Report on vaccination in Madras 1922-1929 - 1922-1929
Year: 1922
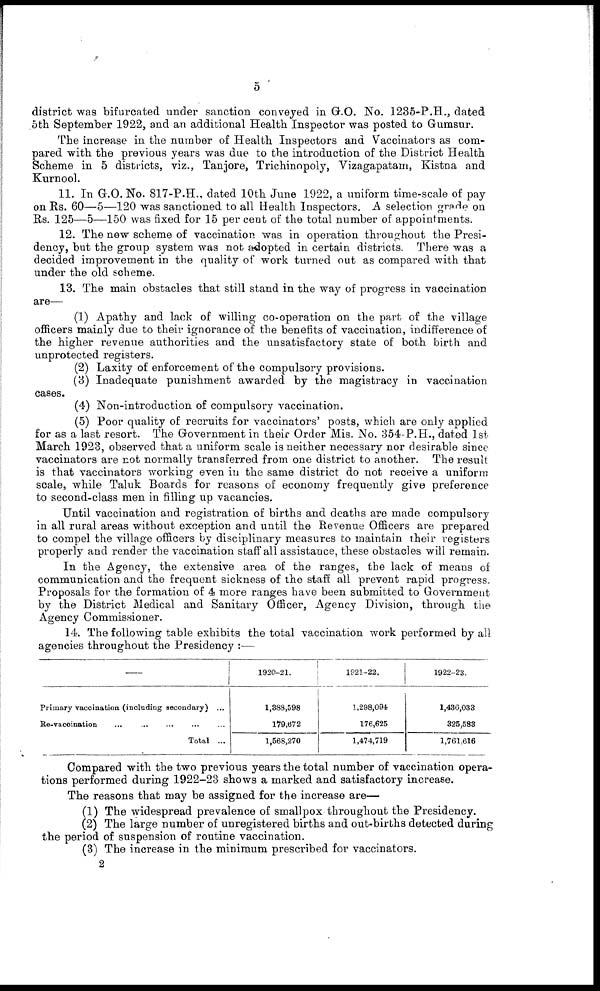
5
district was bifurcated under sanction conveyed in G.O. No. 1235-P.H., dated
5th September 1922, and an additional Health Inspector was posted to Gumsur.
The increase in the number of Health Inspectors and Vaccinators as com-
pared with the previous years was due to the introduction of the District Health
Scheme in 5 districts, viz., Tanjore, Trichinopoly, Vizagapatam, Kistna and
Kurnool.
11. In G.O. No. 817-P.H., dated 10th June 1922, a uniform time-scale of pay
on Rs. 60—5—120 was sanctioned to all Health Inspectors. A selection grade on
Rs. 125—5—150 was fixed for 15 per cent of the total number of appointments.
12. The new scheme of vaccination was in operation throughout the Presi-
dency, but the group system was not adopted in certain districts. There was a
decided improvement in the quality of work turned out as compared with that
under the old scheme.
13. The main obstacles that still stand in the way of progress in vaccination
are—
(1) Apathy and lack of willing co-operation on the part of the village
officers mainly due to their ignorance of the benefits of vaccination, indifference of
the higher revenue authorities and the unsatisfactory state of both birth and
unprotected registers.
(2) Laxity of enforcement of the compulsory provisions.
(3) Inadequate punishment awarded by the magistracy in vaccination
cases.
(4) Non-introduction of compulsory vaccination.
(5) Poor quality of recruits for vaccinators' posts, which are only applied
for as a last resort. The Government in their Order Mis. No. 354-P.H., dated 1st
March 1923, observed that a uniform scale is neither necessary nor desirable since
vaccinators are not normally transferred from one district to another. The result
is that vaccinators working even in the same district do not receive a uniform
scale, while Taluk Boards for reasons of economy frequently give preference
to second-class men in filling up vacancies.
Until vaccination and registration of births and deaths are made compulsory
in all rural areas without exception and until the Revenue Officers are prepared
to compel the village officers by disciplinary measures to maintain their registers
properly and render the vaccination staff all assistance, these obstacles will remain.
In the Agency, the extensive area of the ranges, the lack of means of
communication and the frequent sickness of the staff all prevent rapid progress.
Proposals for the formation of 4 more ranges have been submitted to Government
by the District Medical and Sanitary Officer, Agency Division, through the
Agency Commissioner.
14. The following table exhibits the total vaccination work performed by all
agencies throughout the Presidency :—
—
Primary vaccination, (including secondary) ...
Re-vaccination
...
...
...
...
...
Total ...
1920-21.
1,388,598
179,672
1,568,270
1921-22.
1,298,094
176,625
1,474,719
1922-23.
1,436,033
325,588
1,761,616
Compared with the two previous years the total number of vaccination opera-
tions performed during 1922-23 shows a marked and satisfactory increase.
The reasons that may be assigned for the increase are—
(1) The widespread prevalence of smallpox throughout the Presidency.
(2) The large number of unregistered births and out-births detected during
the period of suspension of routine vaccination.
(3) The increase in the minimum prescribed for vaccinators.
2